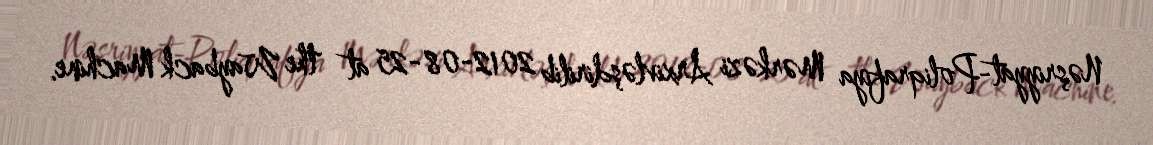
Nəşriyyat-Poliqrafiya Mərkəzi Arxivləşdirilib 2012-08-25 at the Wayback Machine.